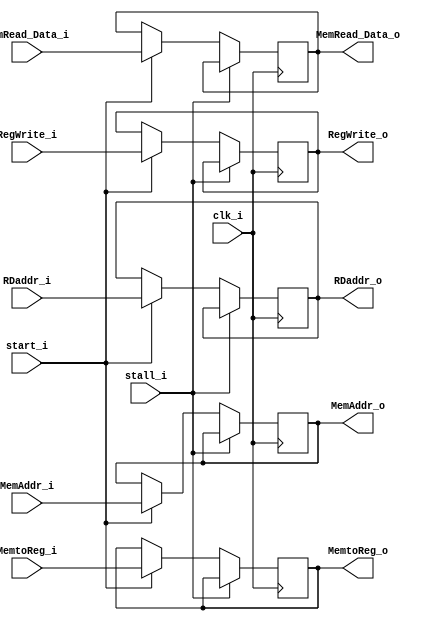
module Register_MEMWB (
	clk_i, 
	start_i,
	stall_i,

	MemAddr_i,
	MemRead_Data_i,
	RDaddr_i,

	MemAddr_o,
	MemRead_Data_o,
	RDaddr_o,

    //Control Signal
	RegWrite_i,
	MemtoReg_i,
	RegWrite_o,
	MemtoReg_o
);

input               clk_i,start_i, stall_i;
input 	[31:0] 		MemAddr_i,MemRead_Data_i;
input 	[4:0]		RDaddr_i;
input               RegWrite_i, MemtoReg_i;

output 	[31:0] 		MemAddr_o,MemRead_Data_o;
output 	[4:0]		RDaddr_o;
output              RegWrite_o, MemtoReg_o;

reg 	[31:0] 		MemAddr_o,MemRead_Data_o;
reg 	[4:0]		RDaddr_o;
reg                 RegWrite_o, MemtoReg_o;

always @(posedge clk_i) begin
	if(stall_i) begin
	end

	else begin
		if(start_i)	begin
			MemAddr_o			<= MemAddr_i;		
			MemRead_Data_o		<= MemRead_Data_i;		
			RDaddr_o			<= RDaddr_i;		
			
			RegWrite_o          <= RegWrite_i; 
			MemtoReg_o          <= MemtoReg_i;

		end
		else begin
			MemAddr_o			<= MemAddr_o;		
			MemRead_Data_o		<= MemRead_Data_o;		
			RDaddr_o			<= RDaddr_o;		
			
			RegWrite_o          <= RegWrite_o; 
			MemtoReg_o          <= MemtoReg_o;

		end
	end
end

endmodule